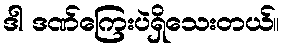
ဒါ ဒဏ်ကြေးပဲရှိသေးတယ်။